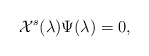
\begin{align*}{\cal X}^{s}(\lambda)\Psi (\lambda)=0,\end{align*}